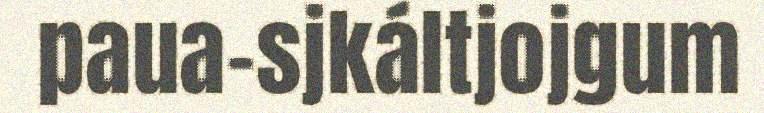
paua-sjkáltjojgum